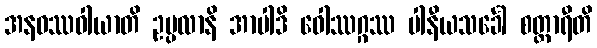
အနဝဿဝါယာတိ ဥပ္ပလာနိ အာပါဒိ ဝေါဿဂ္ဂဿ ပါနီယသင်္ခေါ စတ္တာရီတိ